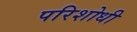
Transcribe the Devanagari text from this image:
परिशोधी